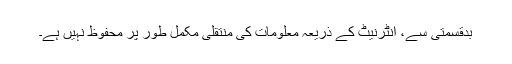
بدقسمتی سے، انٹرنیٹ کے ذریعہ معلومات کی منتقلی مکمل طور پر محفوظ نہیں ہے۔